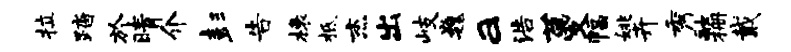
拉踏於晴介彭告榱柢杰出岐巍a浩蔓幅姚卉秀融栅戴